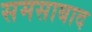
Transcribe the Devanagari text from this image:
समसाबाद